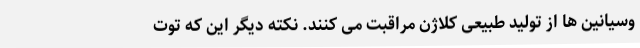
وسیانین ها از تولید طبیعی کلاژن مراقبت می کنند. نکته دیگر این که توت